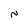
Character: N